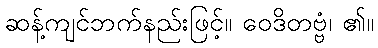
ဆန့်ကျင်ဘက်နည်းဖြင့်။ ဝေဒိတဗ္ဗံ၊ ၏။